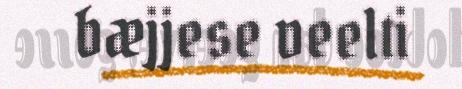
bæjjese veelti